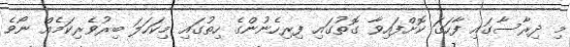
މި ދިރާސާގައި ފާހަގަ ކޮށްފައިވާ ގޮތުގައި ފިރިހެނުންގެ ހިތުގައި މިކަހަލަ ބިރުވެރިކަމެއް ނޯވެ